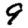
Digit: 9